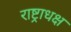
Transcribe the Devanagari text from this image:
राष्ट्राधक्ष